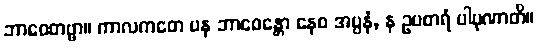
ဘာဝေတဗ္ဗာ။ ကာလကတေ ပန ဘာဝေန္တော နေဝ အပ္ပနံ, န ဥပစာရံ ပါပုဏာတိ။